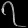
Digit: ၇